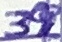
Text: 39